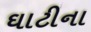
ઘાટીના